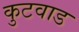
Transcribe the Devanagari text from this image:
कुटवाड